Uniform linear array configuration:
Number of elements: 48
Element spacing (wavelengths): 0.25
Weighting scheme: kaiser
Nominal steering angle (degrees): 0
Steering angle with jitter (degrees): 0.2683
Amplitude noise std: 0.05
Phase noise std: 0.05

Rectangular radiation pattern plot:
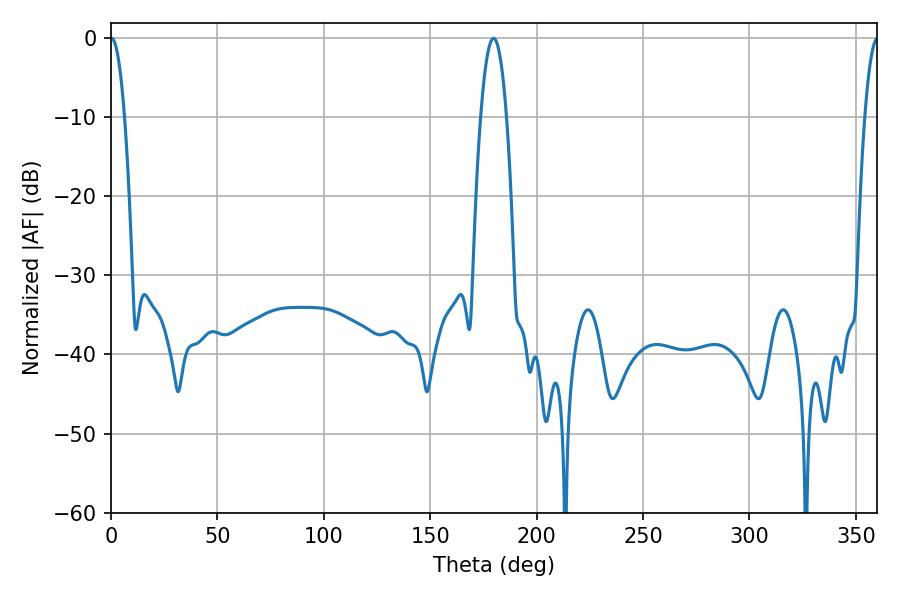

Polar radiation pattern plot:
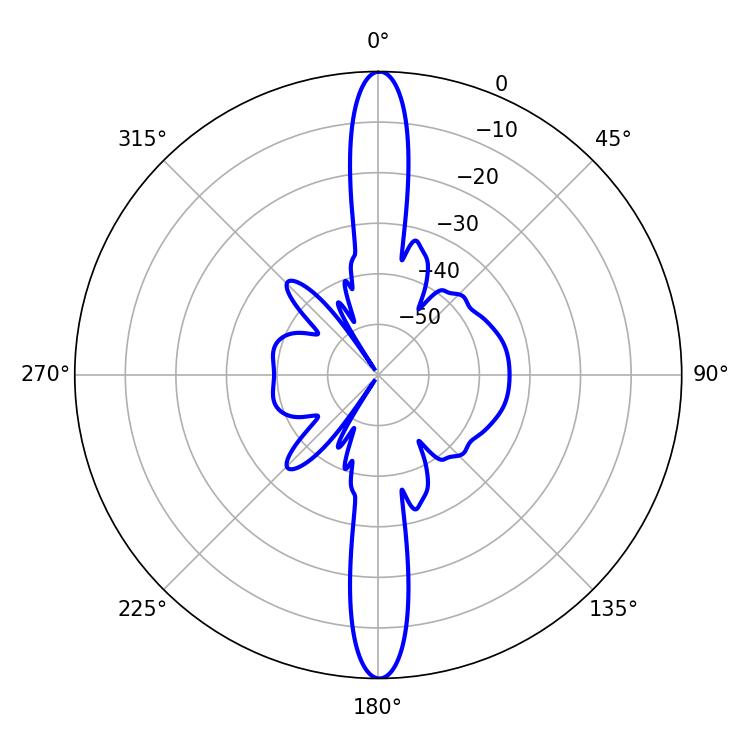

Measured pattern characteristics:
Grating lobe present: FALSE
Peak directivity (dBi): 31.553
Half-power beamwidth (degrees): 3.6
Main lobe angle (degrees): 0.18